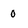
Character: 0